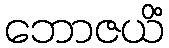
ဘောဇယိံ